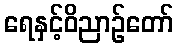
ရေနှင့်ဝိညာဉ်တော်